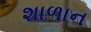
શાળાન